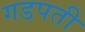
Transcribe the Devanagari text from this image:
गडपती